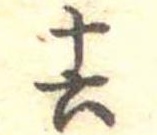
十六